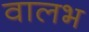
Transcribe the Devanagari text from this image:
वालभ